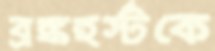
ব্রঙ্কহর্স্টকে